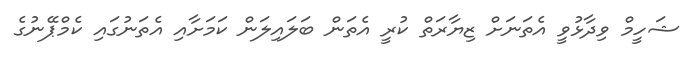
ޝަހީމް ވިދާޅުވީ އެތަނަށް ޒިޔާރަތް ކުރީ އެތަން ބަލައިލަން ކަމަށާއި އެތަނުގައި ކެމްޕޭނުގެ